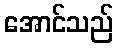
အောင်သည်